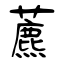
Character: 藨